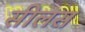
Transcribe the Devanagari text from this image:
सीलस